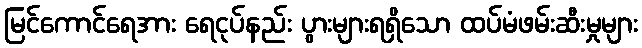
မြင်ကောင်ရေအား ရေငုပ်နည်း ပွားများရရှိသော ထပ်မံဖမ်းဆီးမှုများ